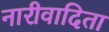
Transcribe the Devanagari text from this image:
नारीवादिता